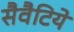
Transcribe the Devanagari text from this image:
सैवैटिये